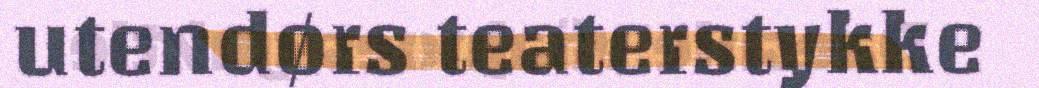
utendørs teaterstykke